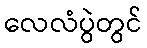
လေလံပွဲတွင်